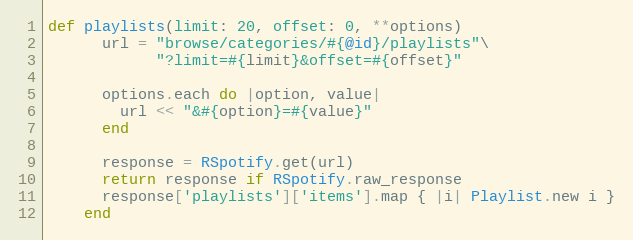
Language: Ruby
def playlists(limit: 20, offset: 0, **options)
      url = "browse/categories/#{@id}/playlists"\
            "?limit=#{limit}&offset=#{offset}"

      options.each do |option, value|
        url << "&#{option}=#{value}"
      end

      response = RSpotify.get(url)
      return response if RSpotify.raw_response
      response['playlists']['items'].map { |i| Playlist.new i }
    end